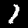
Digit: 1